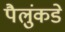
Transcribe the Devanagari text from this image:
पैलुंकडे